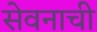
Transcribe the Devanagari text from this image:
सेवनाची